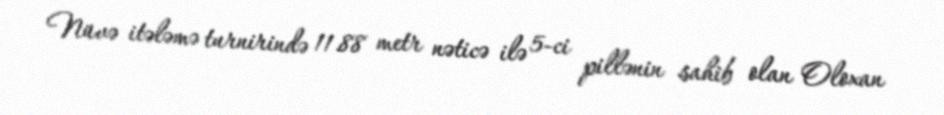
Nüvə itələmə turnirində 11.88 metr nəticə ilə 5-ci pillənin sahib olan Oloxan